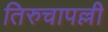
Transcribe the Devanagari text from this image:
तिरुचापल्ली